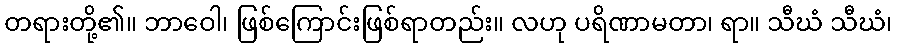
တရားတို့၏။ ဘာဝေါ၊ ဖြစ်ကြောင်းဖြစ်ရာတည်း။ လဟု ပရိဏာမတာ၊ ရာ။ သီဃံ သီဃံ၊